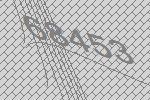
68453